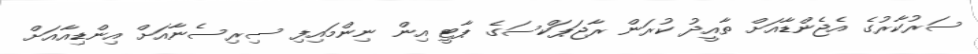
ސަރުކާރުގެ އެޖެންޑާއަށް ތާއީދު ކުރަން ރާޖަޕަކްސަގެ ޕާޓީ އިން ނިންމައިފި ސިރިސެނާއަށް އިންޑިއާއަށް